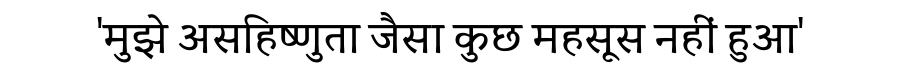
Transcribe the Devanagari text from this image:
'मुझे असहिष्णुता जैसा कुछ महसूस नहीं हुआ'